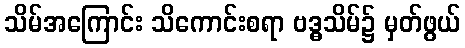
သိမ်အကြောင်း သိကောင်းစရာ ဗဒ္ဓသိမ်၌ မှတ်ဖွယ်